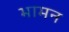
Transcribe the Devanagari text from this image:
भामन